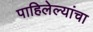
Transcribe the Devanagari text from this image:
पाहिलेल्यांचा